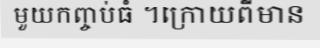
មួយកញ្ចប់ធំ ។ក្រោយពីមាន